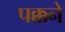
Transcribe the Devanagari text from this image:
पक्कने